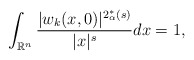
\begin{align*}\int_ {\mathbb{R}^n} \frac{|w_k(x,0)|^ {2_{\alpha}^*(s)}}{|x|^s}dx=1,\end{align*}